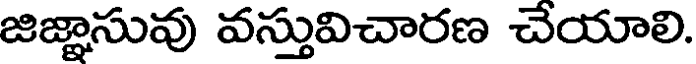
జిజ్ఞాసువు వస్తువిచారణ చేయాలి.